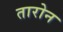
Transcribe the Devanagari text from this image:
तारोन